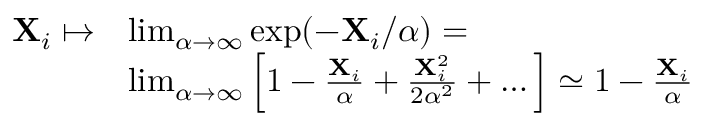
\begin{array} { r l } { \mathbf { X } _ { i } \mapsto } & { \operatorname* { l i m } _ { \alpha \to \infty } \mathrm { e x p } ( - \mathbf { X } _ { i } / \alpha ) = } \\ & { \operatorname* { l i m } _ { \alpha \to \infty } \Big [ 1 - \frac { \mathbf { X } _ { i } } { \alpha } + \frac { \mathbf { X } _ { i } ^ { 2 } } { 2 \alpha ^ { 2 } } + \dots \Big ] \simeq 1 - \frac { \mathbf { X } _ { i } } { \alpha } } \end{array}